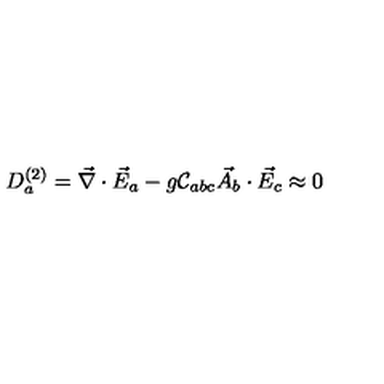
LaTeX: D _ { a } ^ { ( 2 ) } = \vec { \nabla } \cdot \vec { E } _ { a } - g { \cal C } _ { a b c } \vec { A } _ { b } \cdot \vec { E } _ { c } \approx 0